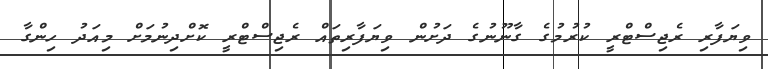
ވިޔަފާރި ރެޖިސްޓްރީ ކުރުމުގެ ގާނޫނުގެ ދަށުން ވިޔަފާރިތައް ރެޖިސްޓްރީ ކޮށްދިނުމަށް މިއަދު ހިންގާ